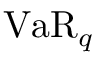
\operatorname { V a R } _ { q }